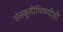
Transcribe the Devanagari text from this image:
संस्कृतीविषयीही